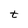
Character: t